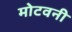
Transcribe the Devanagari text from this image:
मोटवनी